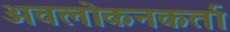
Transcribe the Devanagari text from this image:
अवलोकनकर्ता